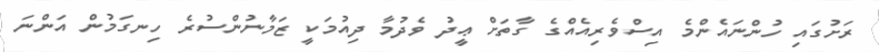
ރަށުގައި ހުންނައެންމެ އިސްވެރިއެއްގެ ގާތަށް ޢީދު ވެދުމާ ދިއުމަކީ ޒަމާނުންސުރެ ހިނގަމުން އަންނަ